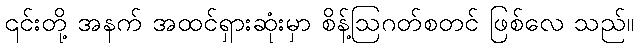
၎င်းတို့ အနက် အထင်ရှားဆုံးမှာ စိန့်ဩဂတ်စတင် ဖြစ်လေ သည်။